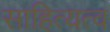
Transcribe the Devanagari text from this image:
साहित्यत्व